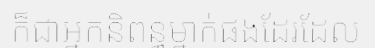
ក៏ជាអ្នកនិពន្ធម្នាក់ផងដែរដែល